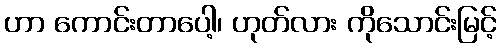
ဟာ ကောင်းတာပေါ့၊ ဟုတ်လား ကိုသောင်းမြင့်